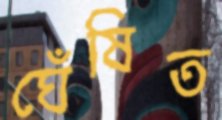
ঘেঁষিত